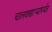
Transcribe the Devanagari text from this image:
चालवणार्‍यांपर्यंत